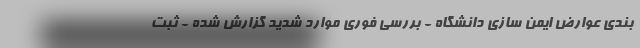
بندی عوارض ایمن سازی دانشگاه - بررسی فوری موارد شدید گزارش شده - ثبت